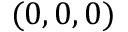
( 0 , 0 , 0 )